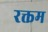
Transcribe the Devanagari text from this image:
रक्तम